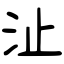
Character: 沚